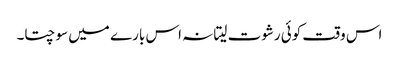
اس وقت کوئی رشوت لیتا نہ اس بارے میں سوچتا۔